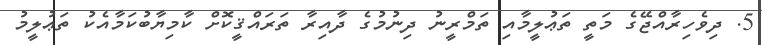
5. ދިވެހިރާއްޖޭގެ މަތީ ތަޢުލީމާއި ތަމްރީނު ދިނުމުގެ ދާއިރާ ތަރައްޤީކޮށް ކާމިޔާބުކަމާއެކު ތަޢުލީމު